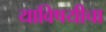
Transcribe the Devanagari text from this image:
याविषयीचा